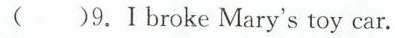
( )9.I broke Mary's toy car.